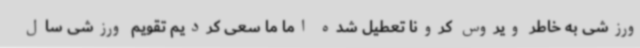
ورزشی به خاطر ویروس کرونا تعطیل شده اما ما سعی کردیم تقویم ورزشی سال